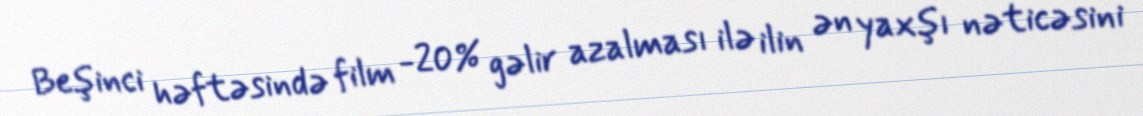
Beşinci həftəsində film -20% gəlir azalması ilə ilin ən yaxşı nəticəsini